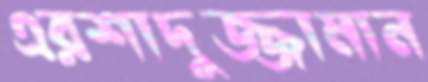
এরশাদুজ্জামান